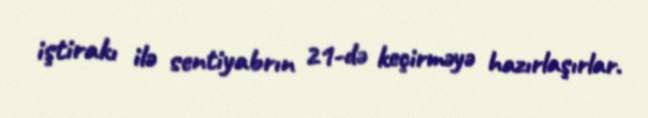
iştirakı ilə sentiyabrın 21-də keçirməyə hazırlaşırlar.